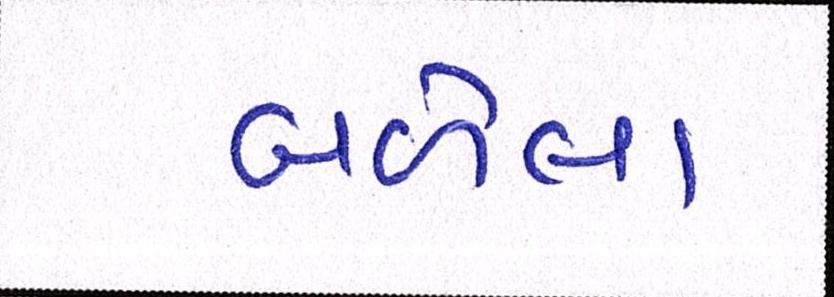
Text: બળેલા